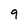
Character: 9